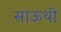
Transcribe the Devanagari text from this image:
साऊथी